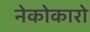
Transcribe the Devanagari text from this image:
नेकोकारो